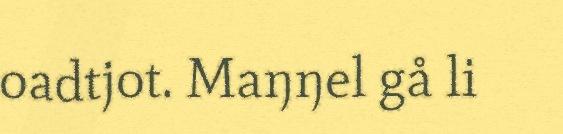
oadtjot. Maŋŋel gå li